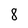
Character: 8